Annual report of the Imperial Bacteriological Laboratory, Muktesar
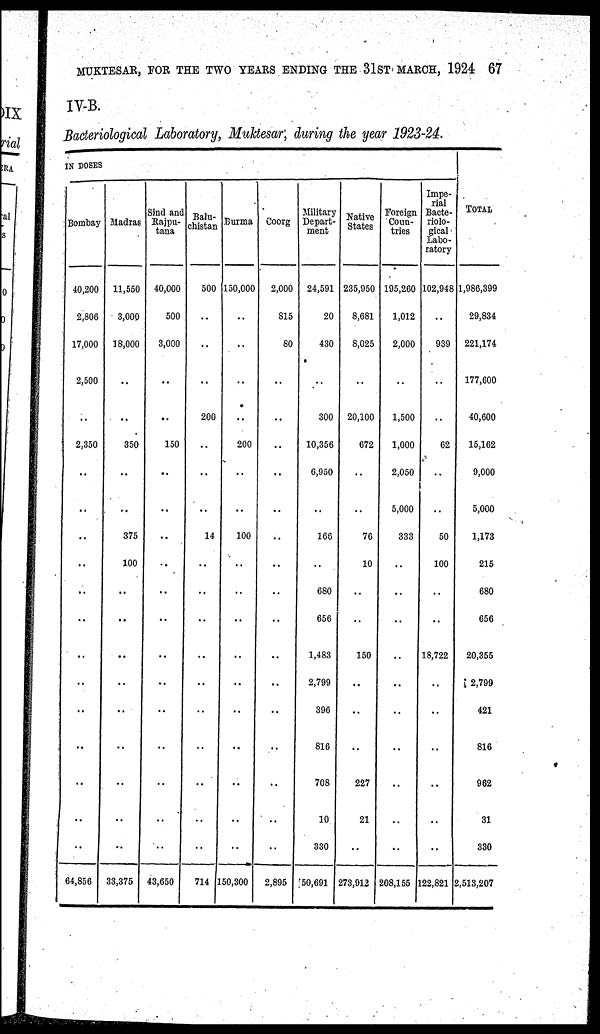
MUKTESAR, FOR THE TWO YEARS ENDING THE 31ST MARCH, 1924 67
IV-B.
Bacteriological Laboratory, Muktesar, during the year 1923-24.
IN DOSES
Bombay
40,200
2,806
17,000
2,500
..
2,350
..
..
..
..
..
..
..
..
....
..
..
..
..
64,856
Madras
11,550
3,000
18,000
..
..
350
..
..
375
100
..
..
..
..
..
..
..
..
..
33,375
Sind and
Rajpu¬
tana
40,000
500
3,000
..
..
150
..
..
..
..
...
..
..
..
..
..
..
..
..
43,650
Balu-
chistan
500
..
..
..
200
..
..
..
14
..
..
..
..
..
..
..
..
..
..
714
Burma
150,000
..
..
..
..
200
..
..
100
..
..
...
..
..
..
..
..
..
..
150,300
Coorg
2,000
815
80
..
..
..
..
..
..
..
..
..
..
..
..
..
..
..
2,895
Military
Depart-
ment
24,591
20
430
..
300
10,356
6,950
..
166
..
680
656
1,483
2,799
396
816
708
10
330
50,691
Native
States
235,950
8,681
8,025
..
20,100
672
..
..
76
10
..
..
150
..
..
..
227
21
..
273,912
Foreign
Coun-
tries
195,260
1,012
2,000
..
1,500
1,000
2,050
5,000
333
..
..
..
..
..
..
..
..
..
..
208,155
Impe-
rial
Bacte-
riolo-
gical.
Labo-
ratory
102,948
..
939
..
..
62
..
..
50
100
..
..
18,722
..
..
..
..
..
..
122,821
TOTAL
1,986,399
29,834
221,174
177,600
40,600
15,162
9,000
5,000
1,173
215
680
656
20,355
2,799
421
816
962
31
330
2,513,207